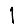
Digit: 1